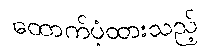
ထောက်ပံ့ထားသည့်